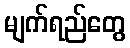
မျက်ရည်တွေ